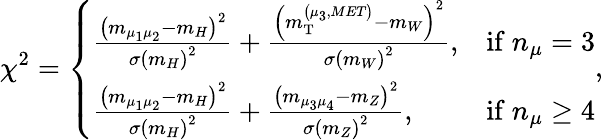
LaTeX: \chi^{2}=\left\{ \begin{array}{ll}{\frac{\left(m_{\mu_{1}\mu_{2}}-m_{H}\right)^{2}}{\sigma\left(m_{H}\right)^{2}}+\frac{\left(m_{\mathrm{T}}^{\left(\mu_{3},MET\right)}-m_{W}\right)^{2}}{\sigma\left(m_{W}\right)^{2}},}&{\mathrm{if~}n_{\mu}=3}\\ {\frac{\left(m_{\mu_{1}\mu_{2}}-m_{H}\right)^{2}}{\sigma\left(m_{H}\right)^{2}}+\frac{\left(m_{\mu_{3}\mu_{4}}-m_{Z}\right)^{2}}{\sigma\left(m_{Z}\right)^{2}},}&{\mathrm{if~}n_{\mu}\geq 4}\end{array}\right.,